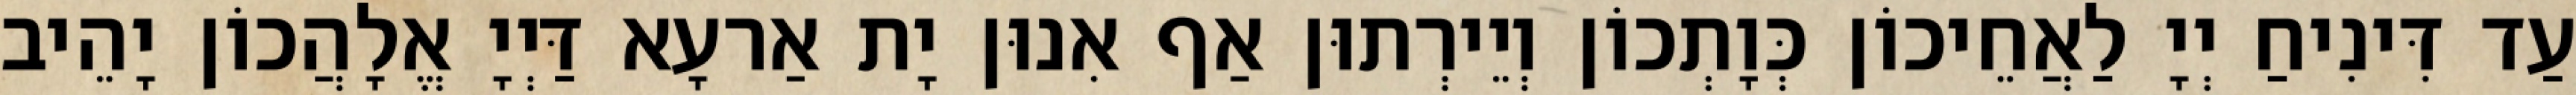
עַד דִּינִיחַ יְיָ לַאֲחֵיכוֹן כְּוָתְכוֹן וְיֵירְתוּן אַף אִנוּן יָת אַרעָא דַּיְיָ אֱלָהֲכוֹן יָהֵיב